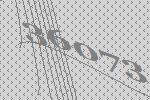
36073